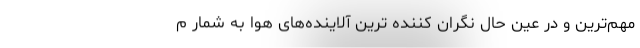
مهم‌ترین و در عین حال نگران کننده ‌ترین آلاینده‌های هوا به شمار م